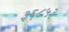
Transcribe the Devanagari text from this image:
३६८५३